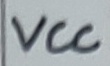
Text: VCC